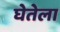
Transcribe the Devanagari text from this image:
घेतेला